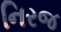
નિરજ